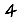
Digit: 4